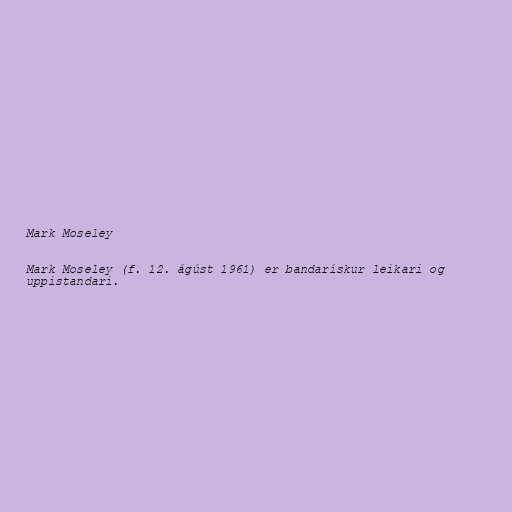
Mark Moseley

Mark Moseley (f. 12. ágúst 1961) er bandarískur leikari og
uppistandari.